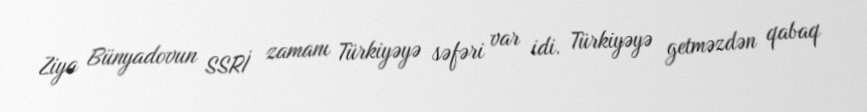
Ziya Bünyadovun SSRİ zamanı Türkiyəyə səfəri var idi. Türkiyəyə getməzdən qabaq